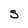
Character: s